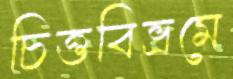
চিত্তবিভ্রমে